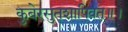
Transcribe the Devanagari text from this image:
कुबेरसुतशापिवत्‌॥।